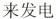
来发电